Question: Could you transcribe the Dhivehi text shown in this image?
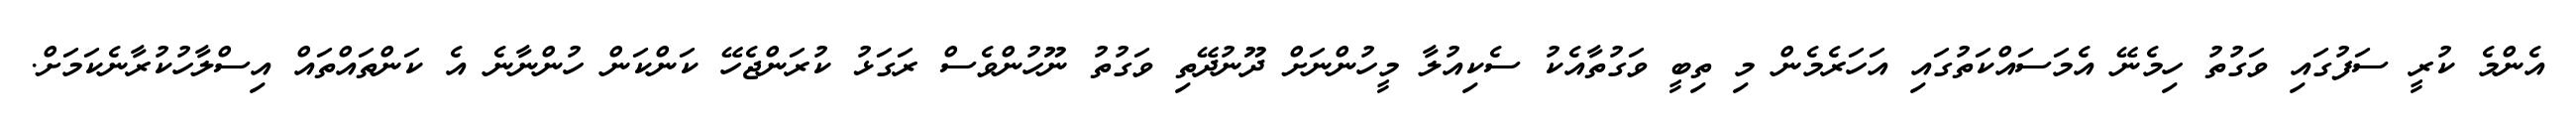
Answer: އެންމެ ކުރީ ސަފުގައި ވަގުތު ހިމެނޭ އެމަސައްކަތުގައި އަހަރެމެން މި ތިބީ ވަގުތާއެކު ސެކިއުލާ މީހުންނަށް ދޫނުދޭތި ވަގުތު ނޫހުންވެސް ރަގަޅު ކުރަންޖެހޭ ކަންކަން ހުންނާނެ އެ ކަންތައްތައް އިސްލާހުކުރާނެކަމަށް.